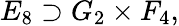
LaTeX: E_{8}\supset G_{2}\times F_{4},